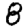
Digit: 8